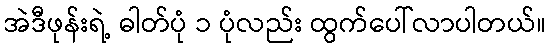
အဲဒီဖုန်းရဲ့ ဓါတ်ပုံ ၁ ပုံလည်း ထွက်ပေါ်လာပါတယ်။